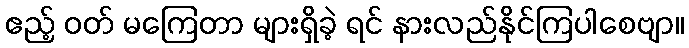
ဧည့် ဝတ် မကြေတာ များရှိခဲ့ ရင် နားလည်နိုင်ကြပါစေဗျာ။